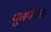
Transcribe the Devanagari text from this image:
पुनर्पठन